King Institute of Preventive Medicine Bacteriolog. Section reports 1907-08
Year: 1907
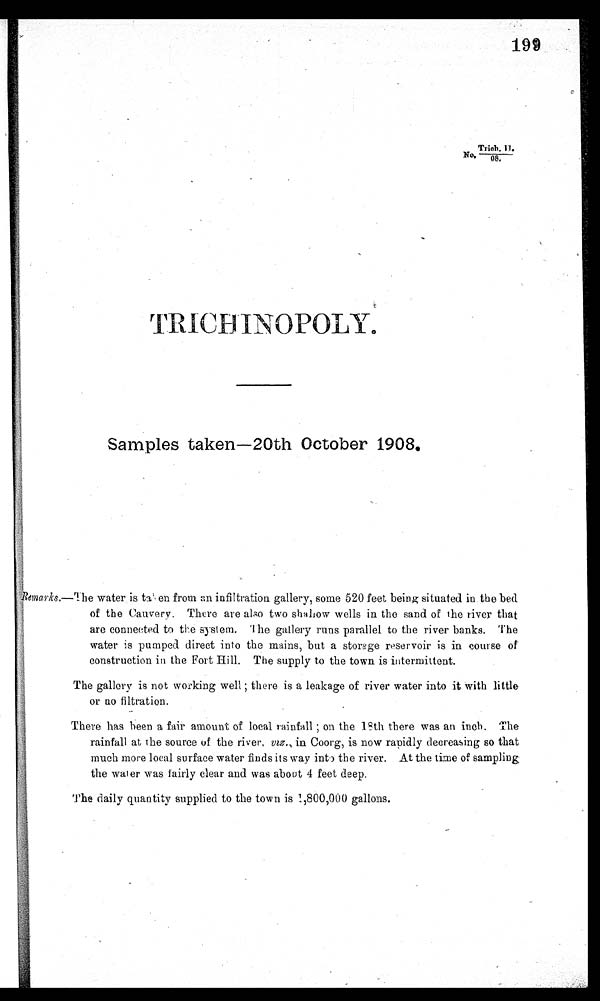
195
N
o . T r i c h . 1 1 . / 0 8
T RI CI HNOP OLY.
Samples taken—20th October 1908.
Remarks.—The water is taken from an infiltration gallery, some 520 feet being situated in the bed
of the Cauvery. There are also two shaliow wells in the sand of the river that
are connected to the system. The gallery runs parallel to the river banks. The
water is pumped direct into the mains, but a storage reservoir is in course of
construction in the Fort Hill. The supply to the town is intermittent.
The gallery is not working well ; there is a leakage of river water into it with little
or no filtration.
There has been a fair amount of local rainfall ; on the 19th there was an inch. The
rainfall at the source of the river, viz., in Coors, is now rapidly decreasing so that
much more local surface water finds its way into the river. At the time of sampling;
the water was fairly clear and was about 4 feet deep.
The daily quantity supplied to the town is 1,800,000 gallons.